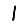
Digit: 1